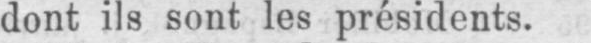
dont ils sont les présidents.